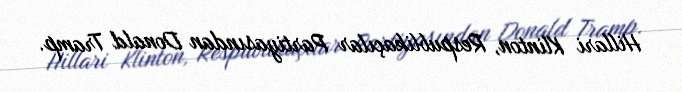
Hillari Klinton, Respublikaçılar Partiyasından Donald Tramp.